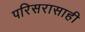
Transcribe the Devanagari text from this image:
परिसरासाही